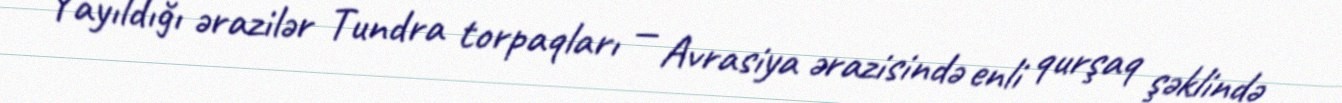
Yayıldığı ərazilər Tundra torpaqları — Avrasiya ərazisində enli qurşaq şəklində